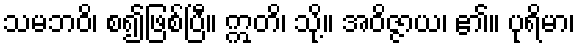
သမဘဝိ၊ စ၍ဖြစ်ပြီ။ ဣတိ၊ သို့။ အဝိဇ္ဇာယ၊ ၏။ ပုရိမာ၊